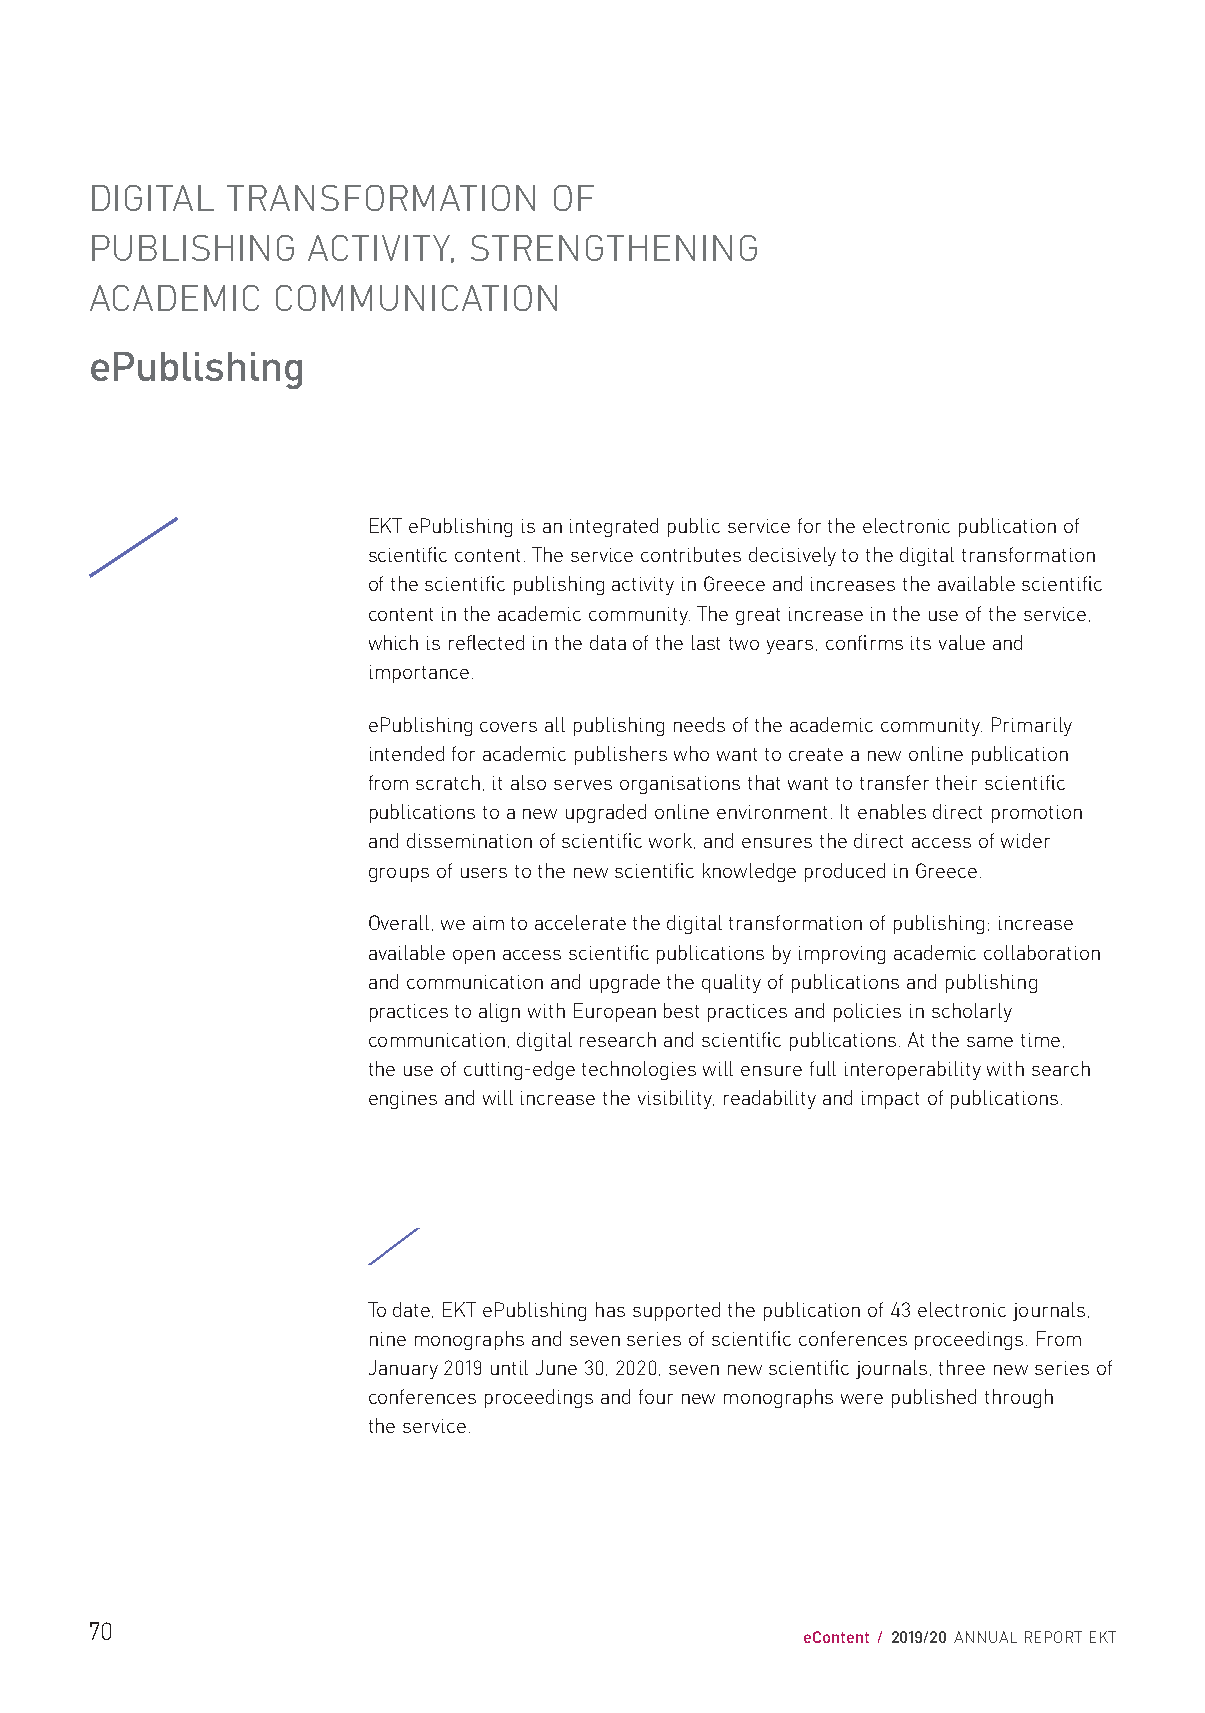
DIGITAL  TRANSFORMATION       OF
 PUBLISHING    ACTIVITY,  STRENGTHENING
 ACADEMIC    COMMUNICATION
 ePublishing
 EKT ePublishing is an integrated public service for the electronic publication of
 scientific content. The service contributes decisively to the digital transformation
 of the scientific publishing activity in Greece and increases the available scientific
 content in the academic community. The great increase in the use of the service,
 which is reflected in the data of the last two years, confirms its value and
 importance.
 ePublishing covers all publishing needs of the academic community. Primarily
 intended for academic publishers who want to create a new online publication
 from scratch, it also serves organisations that want to transfer their scientific
 publications to a new upgraded online environment. It enables direct promotion
 and dissemination of scientific work, and ensures the direct access of wider
 groups of users to the new scientific knowledge produced in Greece.
 Overall, we aim to accelerate the digital transformation of publishing; increase
 available open access scientific publications by improving academic collaboration
 and communication and upgrade the quality of publications and publishing
 practices to align with European best practices and policies in scholarly
 communication, digital research and scientific publications. At the same time,
 the use of cutting-edge technologies will ensure full interoperability with search
 engines and will increase the visibility, readability and impact of publications.
 /
 To date, EKT ePublishing has supported the publication of 43 electronic journals,
 nine monographs and seven series of scientific conferences proceedings. From
 January 2019 until June 30, 2020, seven new scientific journals, three new series of
 conferences proceedings and four new monographs were published through
 the service.
 70
 eContent / 2019/20 ANNUAL REPORT EKT